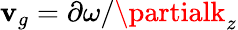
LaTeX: \mathbf{v}_{g}=\partial\omega/\partialk_{z}